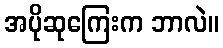
အပိုဆုကြေးက ဘာလဲ။